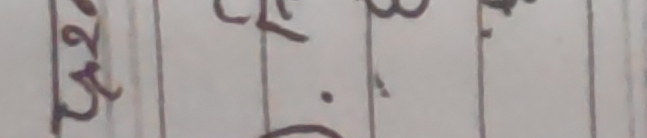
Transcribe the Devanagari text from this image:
२०३